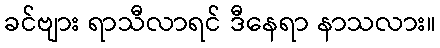
ခင်ဗျား ရာသီလာရင် ဒီနေရာ နာသလား။